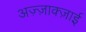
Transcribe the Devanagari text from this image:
अज़्ज़ाक्ज़ाई